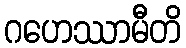
ဂဟေဿာမီတိ